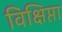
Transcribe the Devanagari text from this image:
विक्षिप्ता